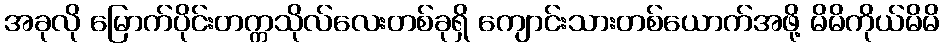
အခုလို မြောက်ပိုင်းတက္ကသိုလ်လေးတစ်ခုရှိ ကျောင်းသားတစ်ယောက်အဖို့ မိမိကိုယ်မိမိ